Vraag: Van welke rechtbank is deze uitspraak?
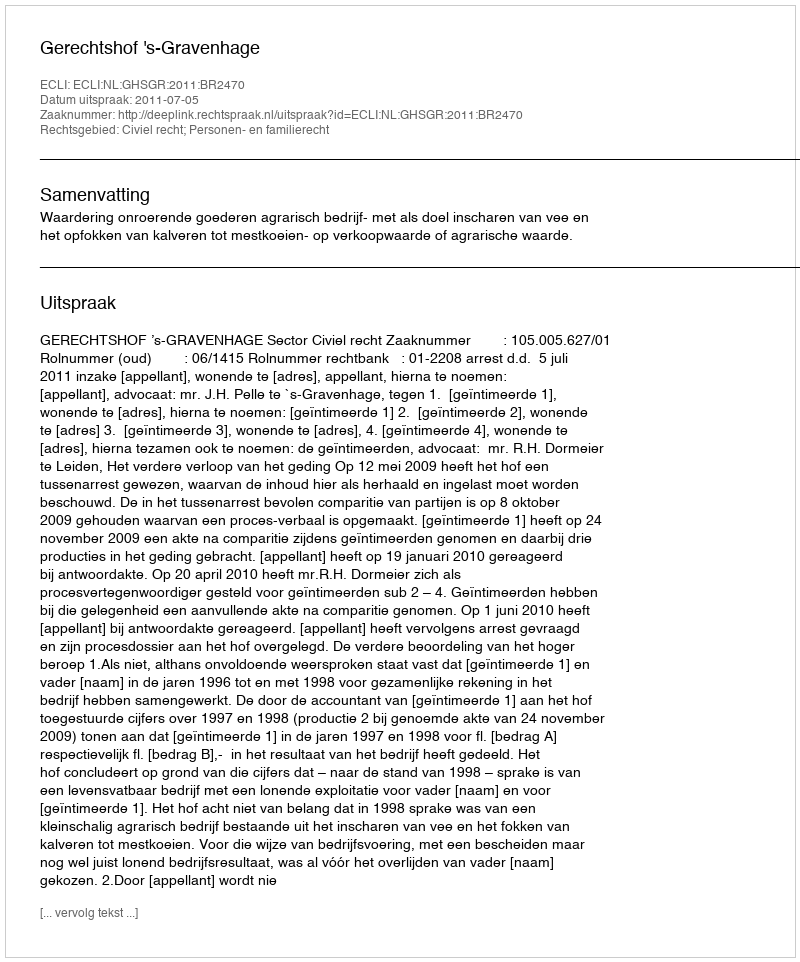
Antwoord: Gerechtshof 's-Gravenhage